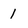
Character: 1